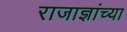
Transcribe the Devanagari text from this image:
राजाज्ञांच्या